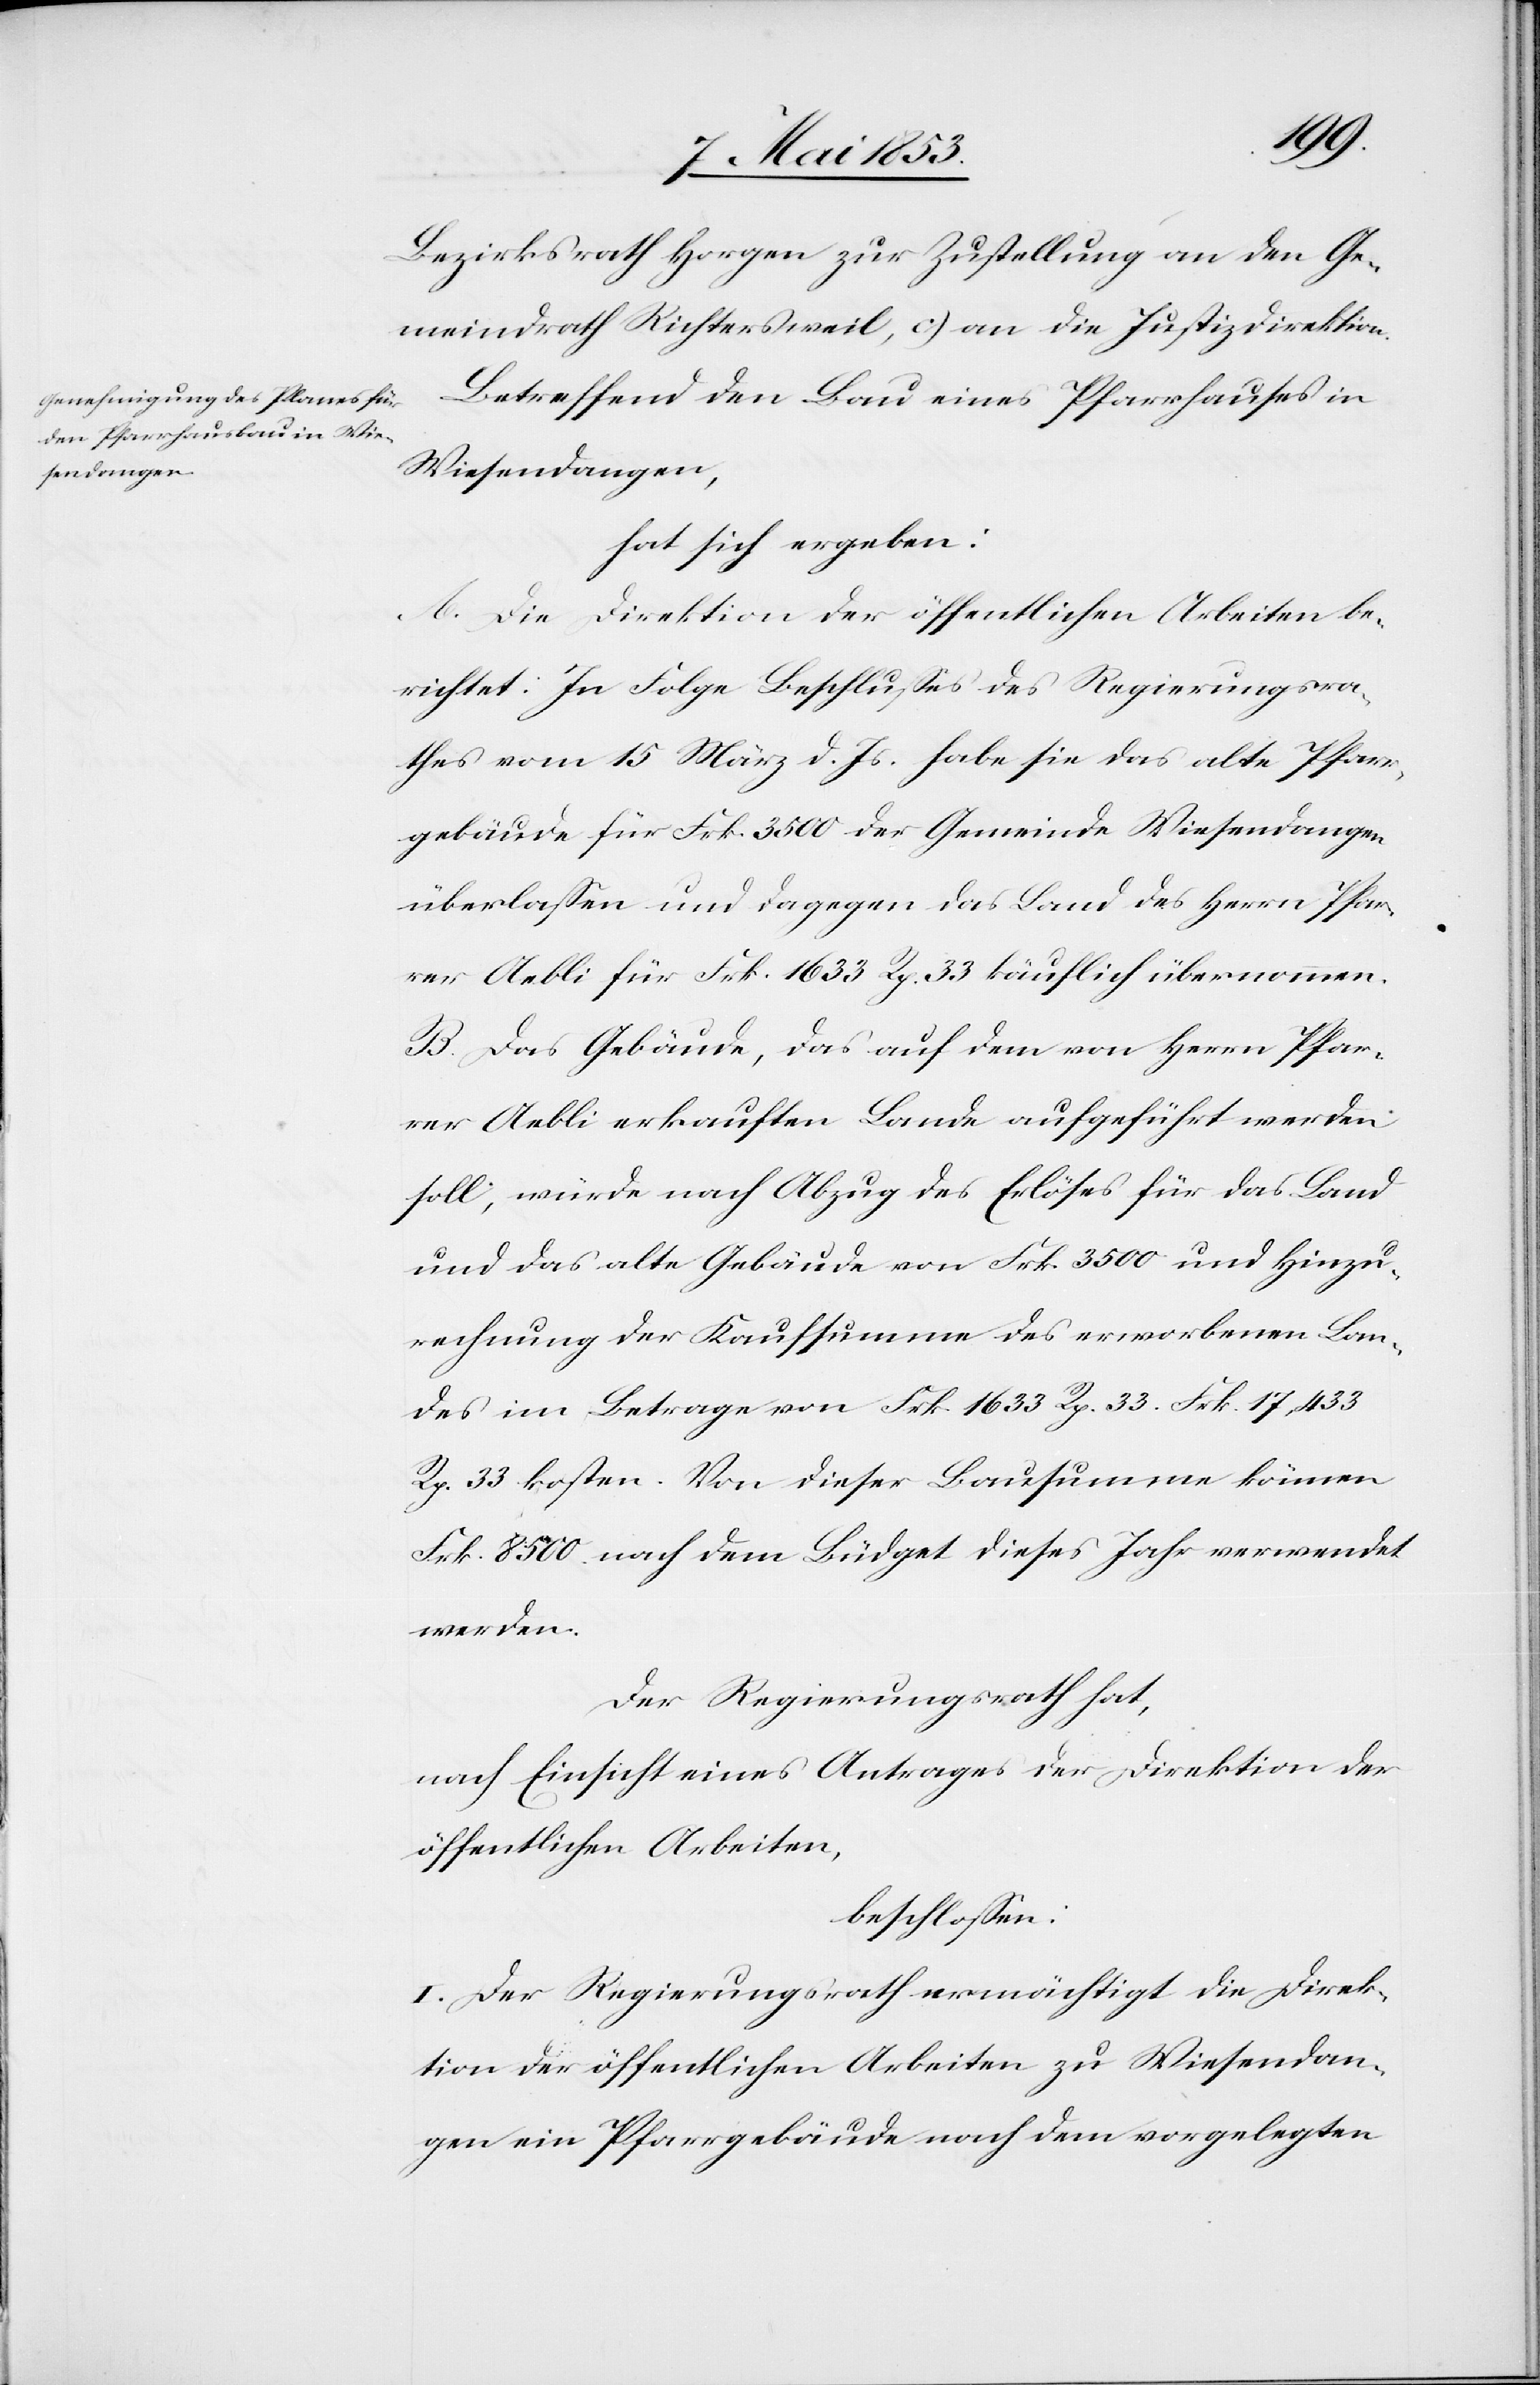
Bezirksrath Horgen zur Zustellung an den Ge¬
meindrath Richtersweil, c) an die Justizdirektion.
Betreffend den Bau eines Pfarrhauses in
Wiesendangen,
hat sich ergeben:
A. Die Direktion der öffentlichen Arbeiten be¬
richtet: In Folge Beschlußes des Regierungsra¬
thes vom 15 März d. Js. habe sie das alte Pfarr¬
gebäude für Frk. 3500 der Gemeinde Wiesendangen
überlaßen und dagegen das Land des Herrn Pfar¬
rer Aebli für Frk. 1633 Rp. 33 käuflich übernommen.
B. Das Gebäude, das auf dem von Herrn Pfar¬
rer Aebli erkauften Lande aufgeführt werden
soll, würde nach Abzug des Erlöses für das Land
und das alte Gebäude von Frk. 3500 und Hinzu¬
rechnung der Kaufsumme des erworbenen Lan¬
des im Betrage von Frk. 1633 Rp. 33 Frk. 17,433
Rp. 33 kosten. Von dieser Bausumme können
Frk. 8500 nach dem Büdget dieses Jahr verwendet
werden.
Der Regierungsrath hat,
nach Einsicht eines Antrages der Direktion der
öffentlichen Arbeiten,
beschloßen:
I. Der Regierungsrath ermächtigt die Direk¬
tion der öffentlichen Arbeiten zu Wiesendan¬
gen ein Pfarrgebäude nach dem vorgelegten